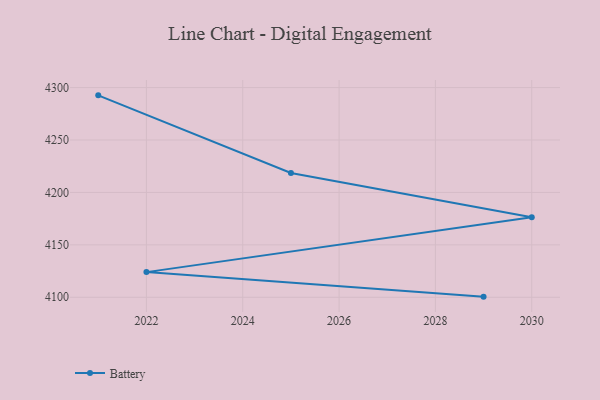
{"axis": {"x": "Year", "y": "Bounce Rate (%)"}, "legend": ["Battery"], "data": [{"x": "2029", "y": 4100.6, "type": "Battery"}, {"x": "2022", "y": 4124.0, "type": "Battery"}, {"x": "2030", "y": 4176.4, "type": "Battery"}, {"x": "2025", "y": 4218.6, "type": "Battery"}, {"x": "2021", "y": 4292.6, "type": "Battery"}]}